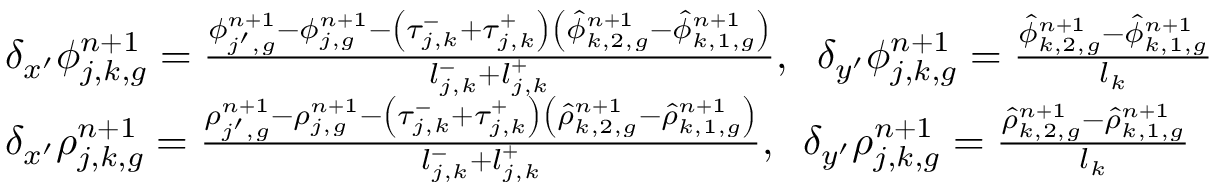
\begin{array} { l } { { \delta _ { x ^ { \prime } } \phi _ { j , k , g } ^ { n + 1 } = \frac { \phi _ { j ^ { \prime } , g } ^ { n + 1 } - \phi _ { j , g } ^ { n + 1 } - \left( \tau _ { j , k } ^ { - } + \tau _ { j , k } ^ { + } \right) \left( \hat { \phi } _ { k , 2 , g } ^ { n + 1 } - \hat { \phi } _ { k , 1 , g } ^ { n + 1 } \right) } { l _ { j , k } ^ { - } + l _ { j , k } ^ { + } } , \; \; \delta _ { y ^ { \prime } } \phi _ { j , k , g } ^ { n + 1 } = \frac { \hat { \phi } _ { k , 2 , g } ^ { n + 1 } - \hat { \phi } _ { k , 1 , g } ^ { n + 1 } } { l _ { k } } } } \\ { { \delta _ { x ^ { \prime } } \rho _ { j , k , g } ^ { n + 1 } = \frac { \rho _ { j ^ { \prime } , g } ^ { n + 1 } - \rho _ { j , g } ^ { n + 1 } - \left( \tau _ { j , k } ^ { - } + \tau _ { j , k } ^ { + } \right) \left( \hat { \rho } _ { k , 2 , g } ^ { n + 1 } - \hat { \rho } _ { k , 1 , g } ^ { n + 1 } \right) } { l _ { j , k } ^ { - } + l _ { j , k } ^ { + } } , \; \; \delta _ { y ^ { \prime } } \rho _ { j , k , g } ^ { n + 1 } = \frac { \hat { \rho } _ { k , 2 , g } ^ { n + 1 } - \hat { \rho } _ { k , 1 , g } ^ { n + 1 } } { l _ { k } } } } \end{array}